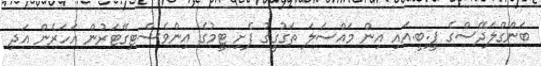
ބަންގްލަދޭސްގެ ޕީ.ބީ.އައި އިން މައްސަލަ ތަގުގީގު ފެށި ޓީމުގެ އިންވެސްޓިގޭޓަރުން އަހަރެން އަދި